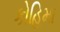
કોહિમા